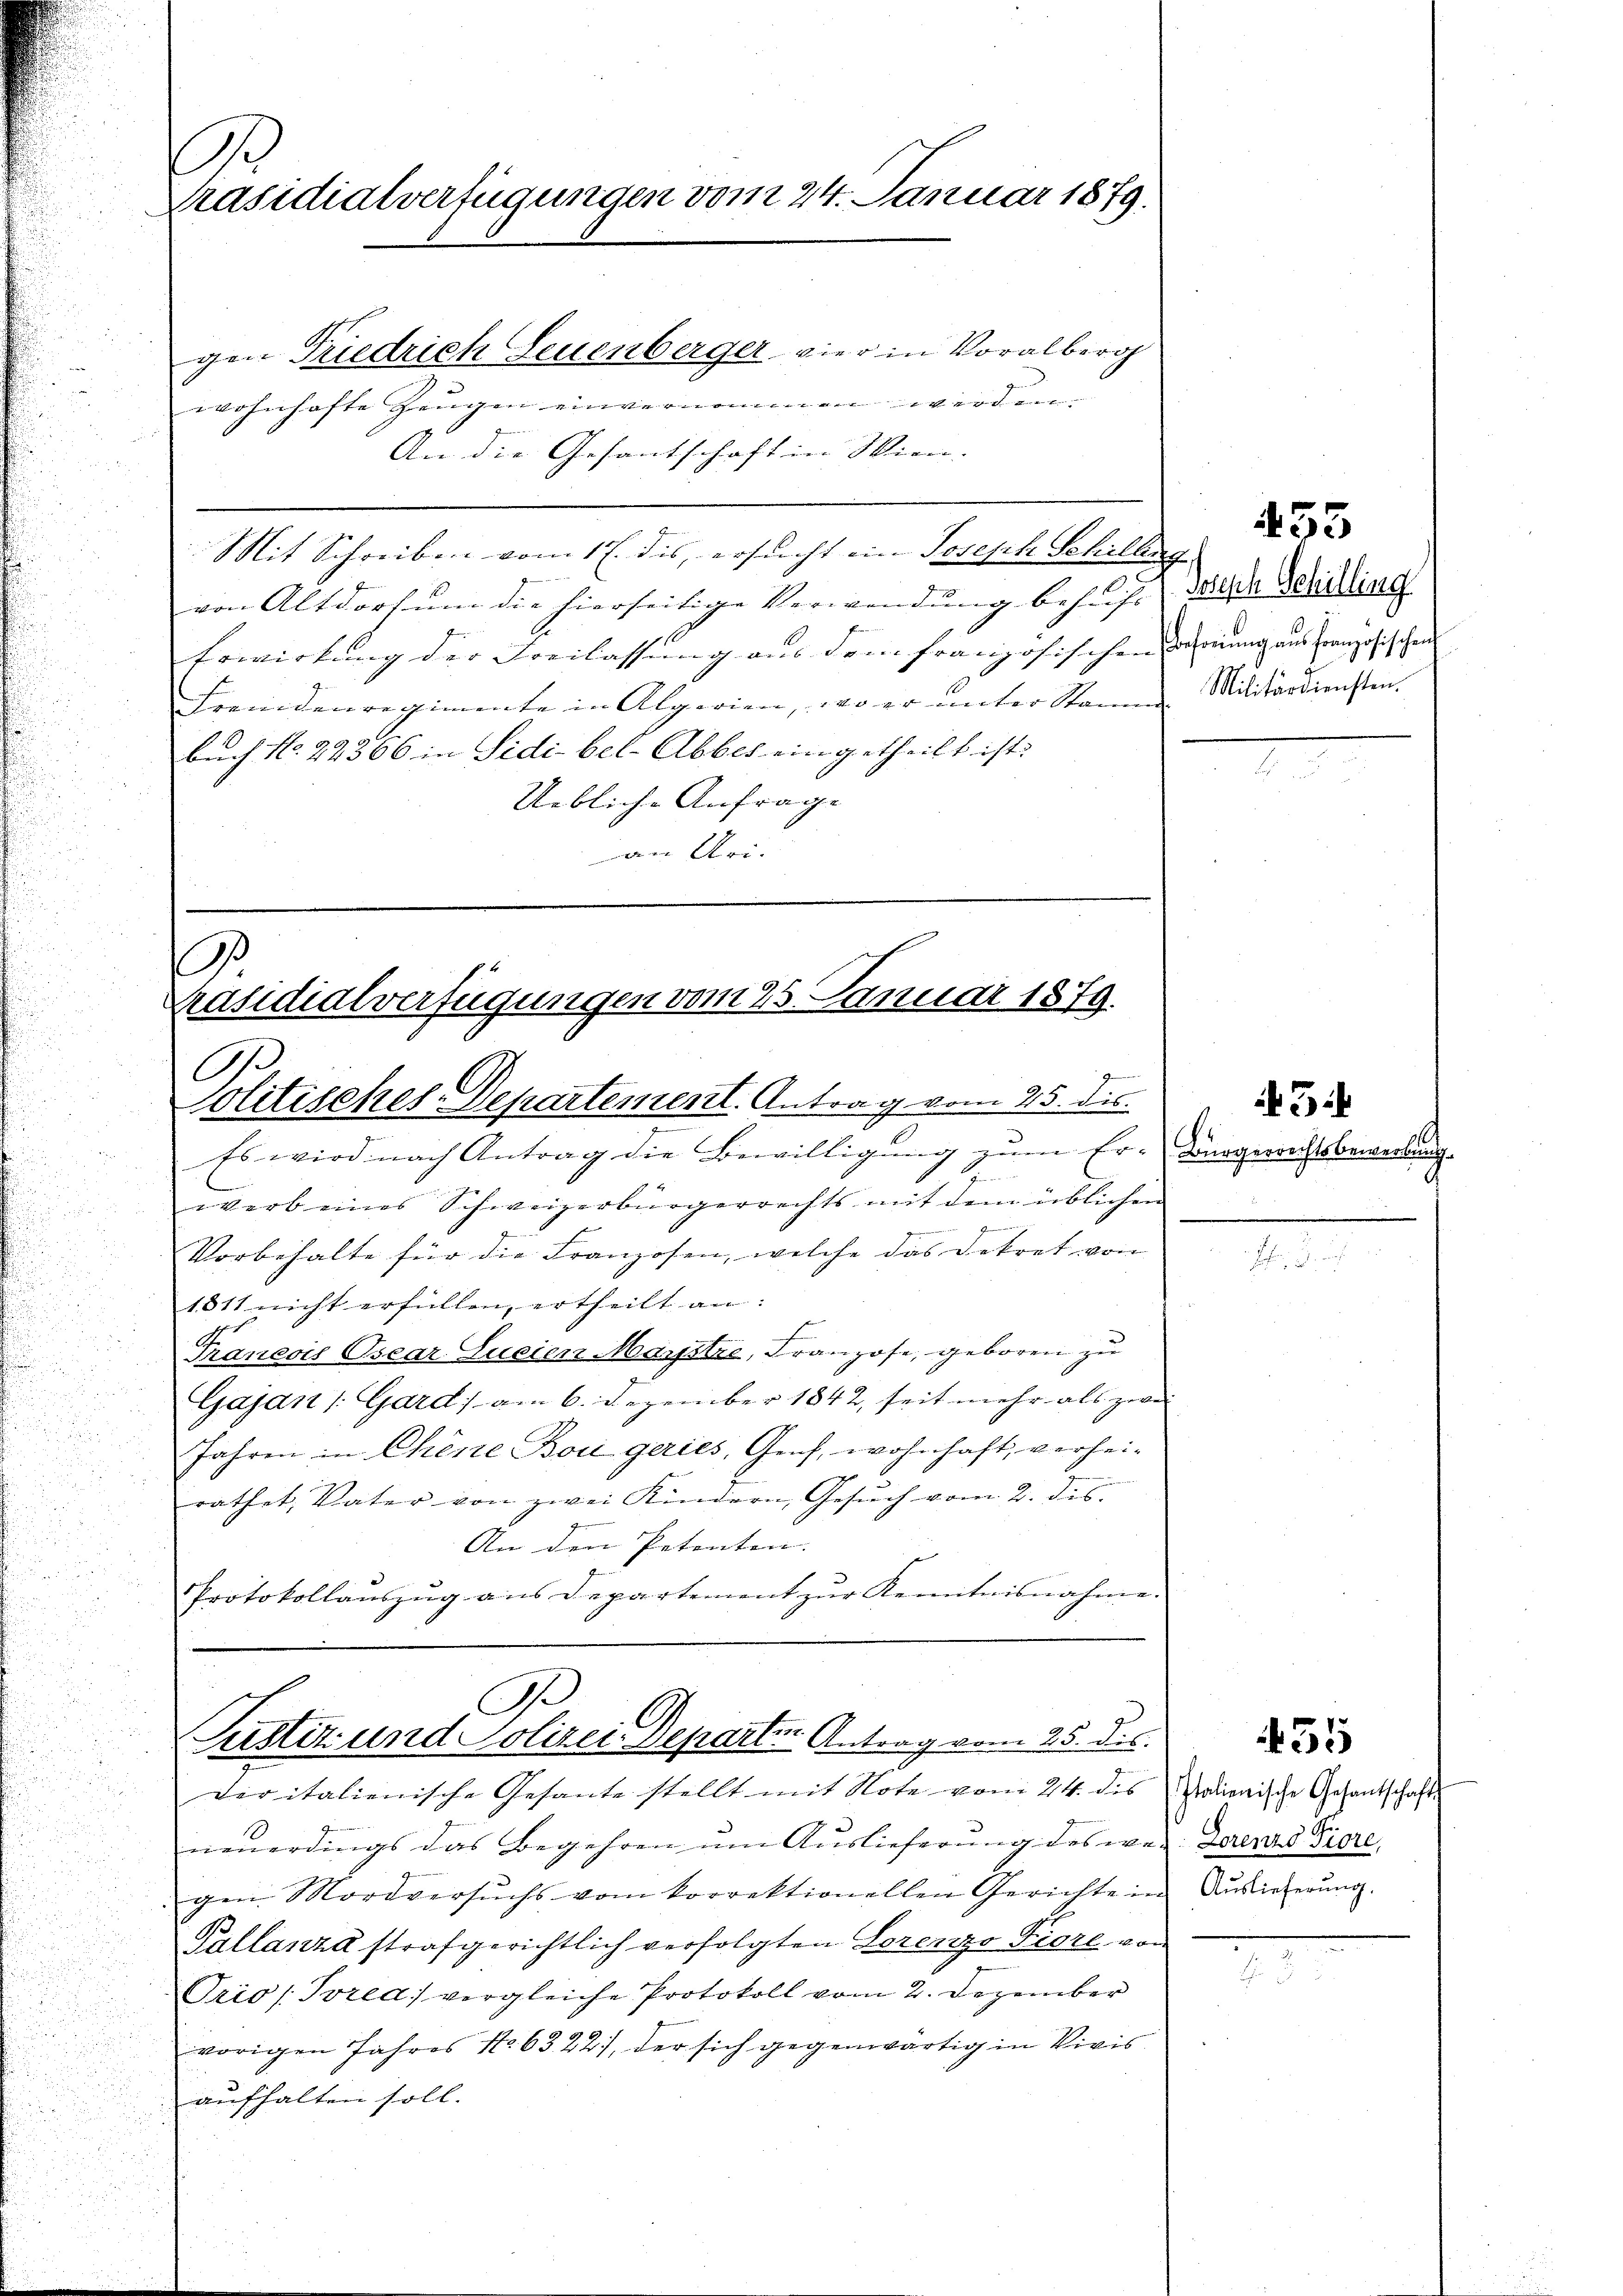
f
Präsidialverfügungen vom 24. Januar 1879.

gen Tiedrich Leuenberger vier in Voralberg
wohnhafte Zeugen einvernommen werden.
An die Gesantschaft in Wien.
Mit Schreiben vom 1 l. dis, ersucht ein Joseph Schillig
von Altdorf ŭm die hierseitige Verwendŭng behuf der Bezielling
Erwirkung der Freilassung aus dem französischen Verung aus französischen
Fremdenregimente in Alperien, wo er ŭnter Stammen Militärdiensten.
buch No. 22366 in Sidi bel-Abbes eingetheilt ist.
Uebliche Anfrage
n Uri.

warb eines Schweizerbürgerrechts mit dem üblichen
z
Vorbehalte für die Franzosen, welche das Dekret von
1811 nicht erfüllen, ertheilt an:
Traneois Osear Jusien Maystre, Franzose, geboren zu
Gajan /: Gardi am 6. Dezember 1842, seit mehr als zwei
Jahren in Chine Bon geries, Genf, wohnhaft, verheirathet, Vater von zwei Kindern, Gesŭch vom 2. des
An den Petenten.
Protokollauszug aus Departement zŭr Kenntnisnahme.

.
Präsidialverfügungen vom 25. Januar 1879.
O
Politisches-Departement. Antrag vom 25. dis
Es wird nach Antrag die Bewilligung zum Er-Bürgerrechtsbewerbung.

A
Justiz- und Polizei-Departin Antrag vom 25. ds.

deritalienische Gesante stellt mit Note vom 24. des Italienische Gesantschafts
neuerdings das Begehren um Auslieferung des wer Lorenze Fiore,
gen. Mordversŭchs vom korrektionellen Gerichte in Aŭsrieferŭng.
Pallanza strafgerichtlich verfolgten Lorenzo Piore von
Trio /Trea vergleiche Protokoll vom 2. Dezember
vorigen Jahres No 6322), der sich gegenwärtig in Vivis
aufhalten soll.

.

453

3

455